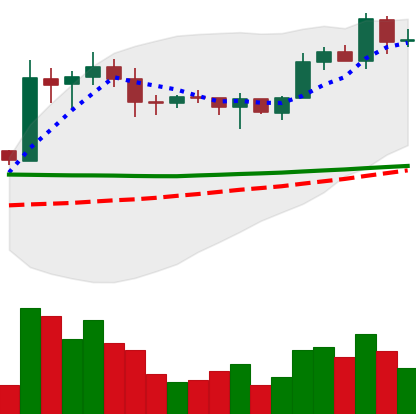
Ticker: EOS-USD
Chart end date: 2020-02-01
Forward return: 10.231%
Label: up_7plus